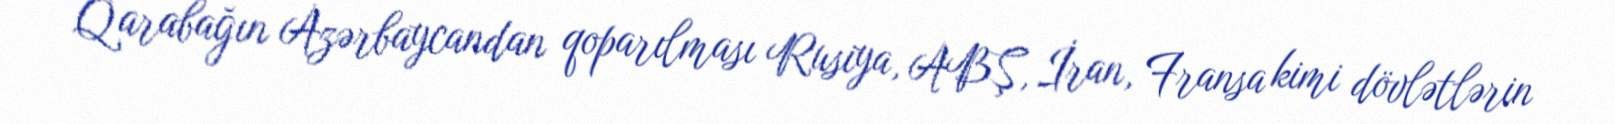
Qarabağın Azərbaycandan qoparılması Rusiya, ABŞ, İran, Fransa kimi dövlətlərin